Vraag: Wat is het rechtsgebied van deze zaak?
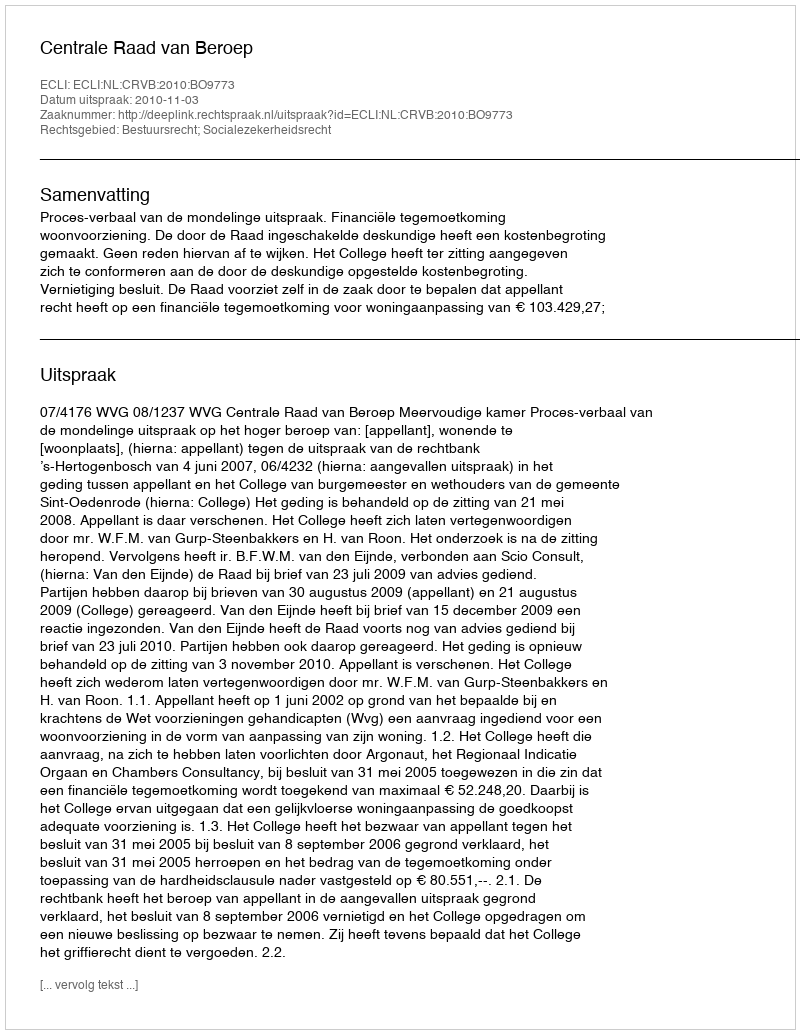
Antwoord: Bestuursrecht; Socialezekerheidsrecht